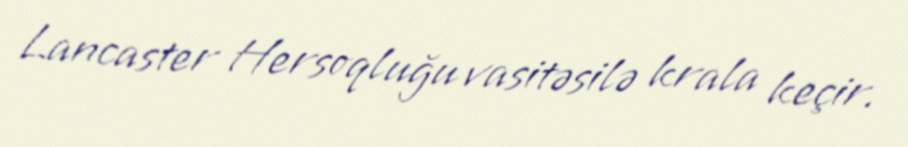
Lancaster Hersoqluğu vasitəsilə krala keçir.